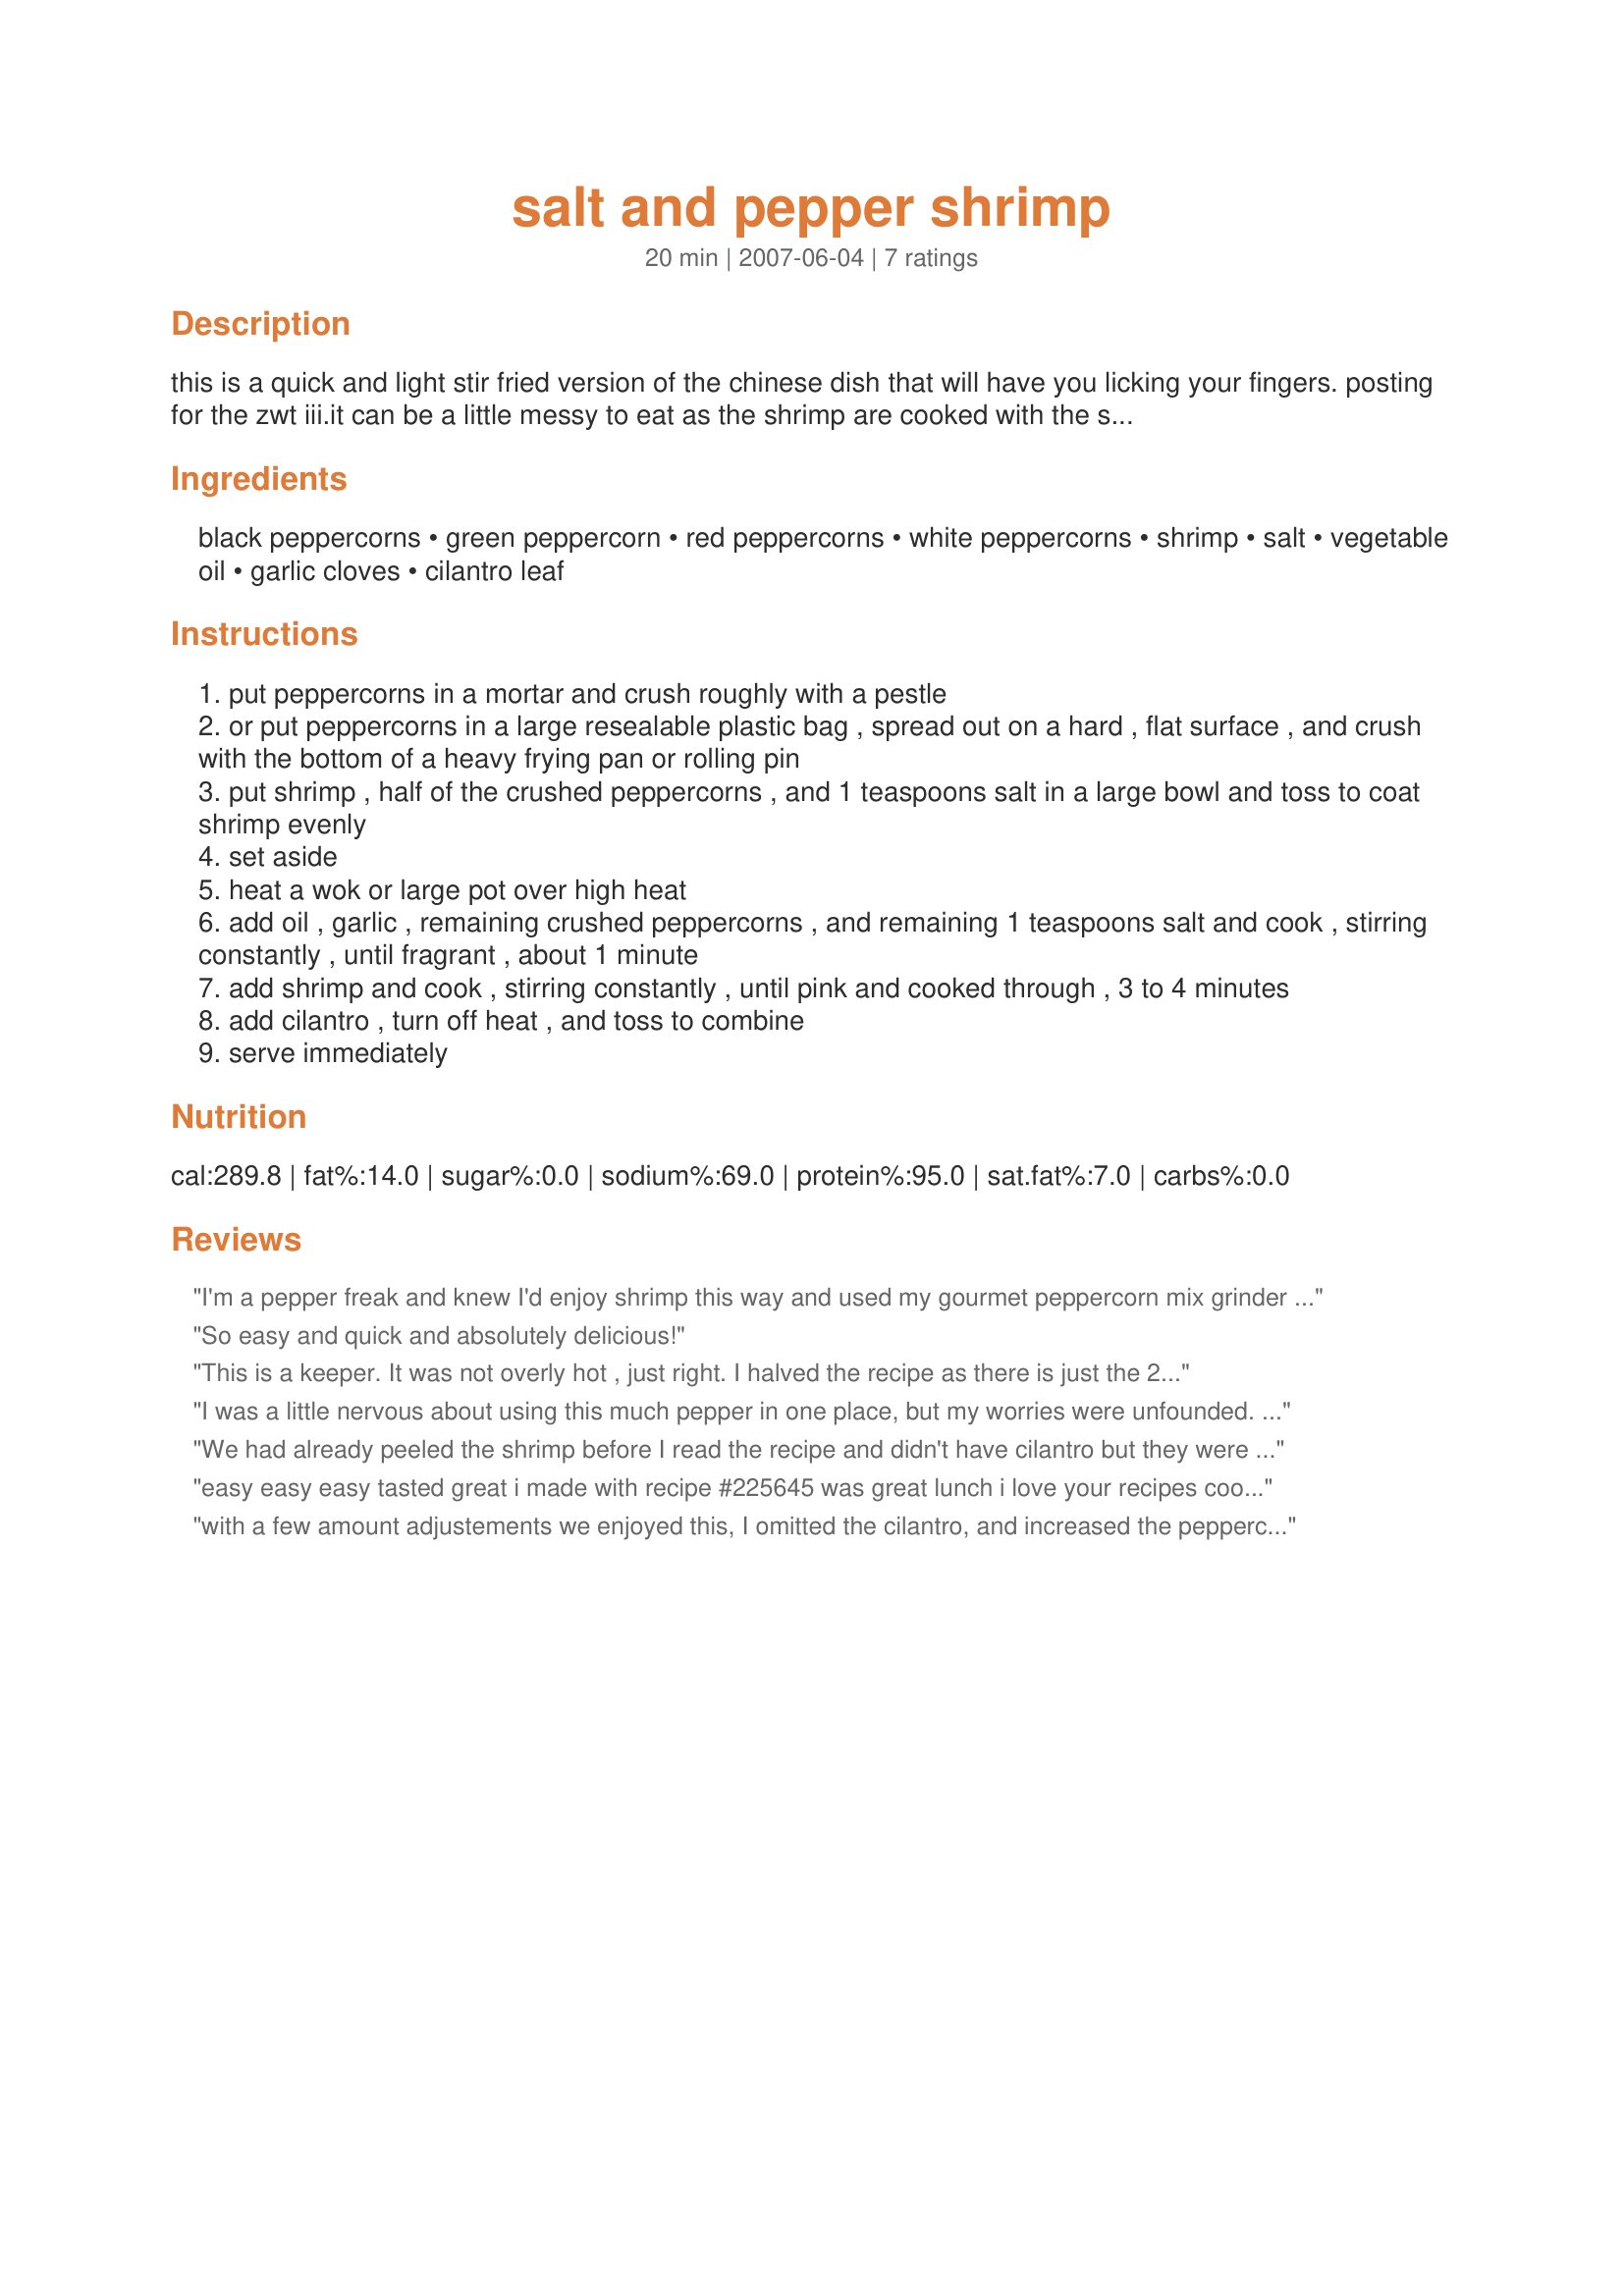
salt and pepper shrimp
Preparation time: 20 minutes

this is a quick and light stir fried version of the chinese dish that will have you licking your fingers. posting for the zwt iii.it can be a little messy to eat as the shrimp are cooked with the shells on for best flavor. recipe is from sunset june 2007 and it is noted: the different peppercorns add a subtle range of pepper flavor to this dish, but you can stick to just black peppercorns too; simply decrease the total amount to 1 1/2 tsp.

Ingredients:
black peppercorns, green peppercorn, red peppercorns, white peppercorns, shrimp, salt, vegetable oil, garlic cloves, cilantro leaf

Steps:
put peppercorns in a mortar and crush roughly with a pestle
or put peppercorns in a large resealable plastic bag , spread out on a hard , flat surface , and crush with the bottom of a heavy frying pan or rolling pin
put shrimp , half of the crushed peppercorns , and 1 teaspoons salt in a large bowl and toss to coat shrimp evenly
set aside
heat a wok or large pot over high heat
add oil , garlic , remaining crushed peppercorns , and remaining 1 teaspoons salt and cook , stirring constantly , until fragrant , about 1 minute
add shrimp and cook , stirring constantly , until pink and cooked through , 3 to 4 minutes
add cilantro , turn off heat , and toss to combine
serve immediately

Reviews:
I'm a pepper freak and knew I'd enjoy shrimp this way and used my gourmet peppercorn mix grinder to make fast work of the prep but went easy on the cilantro. Made for the Chinese-Vietnamese Tag Game.
So easy and quick and absolutely delicious!
This is a keeper. It was not overly hot , just right. I halved the recipe as there is just the 2 of us. I always wondered what I was going to do with all the different peppercorns I had lol. Made for Zwt6 for the Xtra hot dishes
I was a little nervous about using this much pepper in one place, but my worries were unfounded. These tasted amazing, peppery, but not overwhelmingly so. So much flavor for such simple ingredients, too. The shrimp I buy have tails but no shells (DH doesn't do shell-on shrimp anyhow, not since he tried his sister's shell-on deep fried shrimp a couple years back -- NOT pretty, LOL). I couldn't find all the different types of peppercorns separately, so I just bought a bag of gourmet peppercorn mix that contained all four types. I always keep a bag or two of shrimp in the freezer and I'm always looking for a new way to serve them, so we'll definitely be enjoying these again. Another winner, mi amiga! :) Thanks for posting! Made for The Queens of Cuisine for ZWT6
We had already peeled the shrimp before I read the recipe and didn't have cilantro but they were still great
easy easy easy tasted great i made with recipe #225645 was great lunch i love your recipes cookidog
with a few amount adjustements we enjoyed this, I omitted the cilantro, and increased the peppercorns slightly well I really didn't bother to measure them, I used seasoned salt and increased the garlic, thanks for sharing CD!
